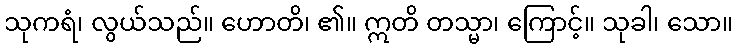
သုကရံ၊ လွယ်သည်။ ဟောတိ၊ ၏။ ဣတိ တသ္မာ၊ ကြောင့်။ သုခါ၊ သော။